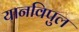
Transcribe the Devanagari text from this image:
यानविपुल